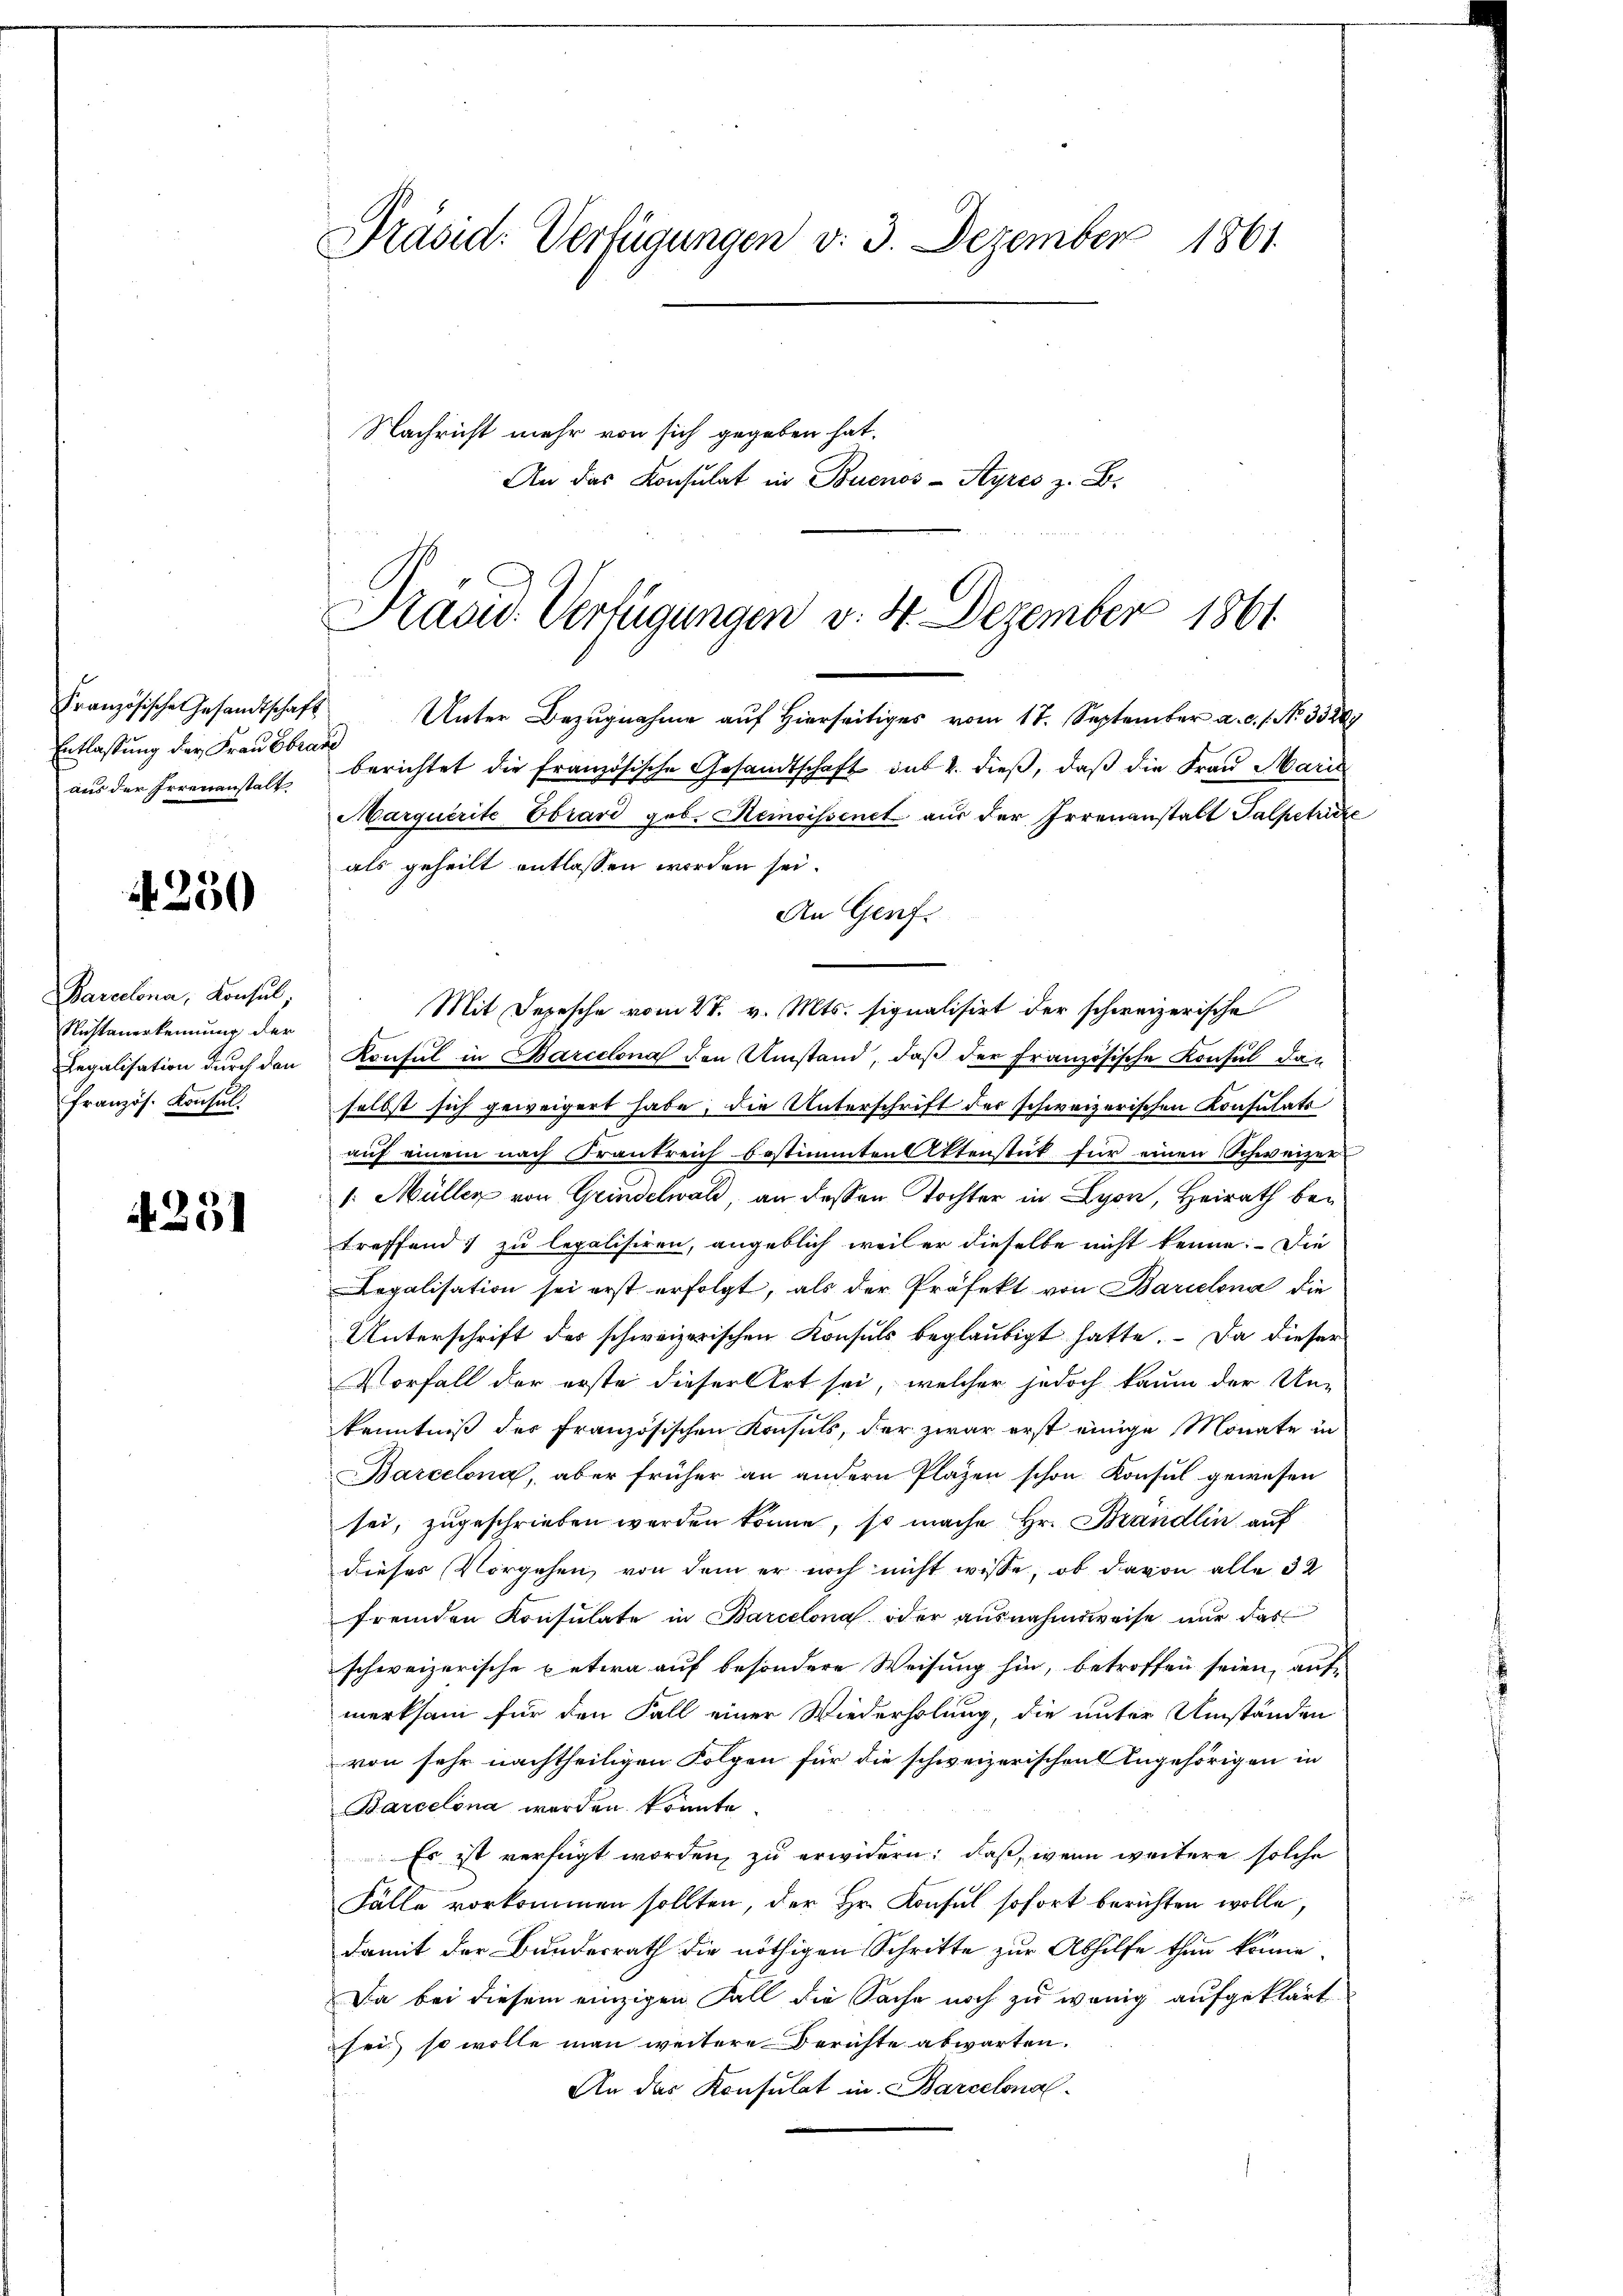
Französische Gesandtschaft
Entlassung der Frau Ebrate
aus der Irrenanstalt

4250

Barcelona, Konsul,
Nustanerkennung der
französ. Konsul

4251

Präsid: Verfügungen v. 3. Dezember 1861.
Nachricht mehr von sich gegeben hat.
An das Konsulat in Buenos-Ayres z. B.

Präsid. Verfügungen v. 4. Dezember 1861

Unter Bezugnahme auf hierseitiges vom 17. September a.c. s. No. 35209
berichtet die Französische Gesandtschaft sub 2. dieß, daß die Frau Marie
Marquerite Ebrard geb. Remoissenet aus der Irrenanstalt Palpetrieze
als geheilt entlassen worden sei.
An Genf.
Mit Depesche vom 27. v. Mts. signalisirt der schweizerische
Legalisation durch den Konsul in Barcelona den Umstand, daβ der Französische Konsul das
selbst sich geweigert habe, die Unterschrift der schweizerischen Konsulats
auf einem nach Frankreich bestimmten Aktenstück für einen Schweizer
1. Müller von Grindelwald, an dessen Tochter in Lyon, Heirath betreffend zu legalisiren, angeblich weil er dieselbe nicht kenne: Die
Legalisation sei erst erfolgt, als der Präfekt von Barcelona die
Unterschrift des schweizerischen Konsuls beglaubigt hatte. Da dieser
Vorfall der erste dieser Art sei, welcher jedoch kaum der Un-
kenntniß des Französischen Konsuls, der zwar erst einige Monate in
Barcelona, aber früher an andern Pläzen schon Konsul gewesen
sei, zugeschrieben werden könne, so mache Hr. Brandlin auf
dieses Vorgehen, von dem er noch nicht wisse, ob davon alle 32
fremden Konsulate in Barcelona oder ausnahmsweise nur das
schweizerische petira auf besondere Weisung hin, betroffen seien, auf
merksam für den Fall einer Wiederholung, die unter Umständen
von sehr nachtheiligen Folgen für die schweizerischen Angehörigen in
Barcelona werden könnte.
Es ist verfügt worden, zu erwidern: daß, wenn weitere solche
Fälle vorkommen sollten, der Hr. Konsul sofort berichten wolle,
damit der Bundesrath die nöthigen Schritte zur Abhilfe thun könne
Da bei diesem einzigen Fall die Sache noch zu wenig aufgeklärt
sei, so wolle man weitere Berichte abwarten.
An das Konsulat in Barcelonal